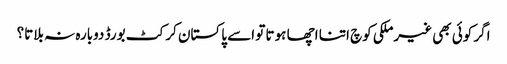
اگر کوئی بھی غیرملکی کوچ اتنا اچھا ہوتا تو اسے پاکستان کرکٹ بورڈ دوبارہ نہ بلاتا؟